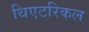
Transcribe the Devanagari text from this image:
थिएटरिकल